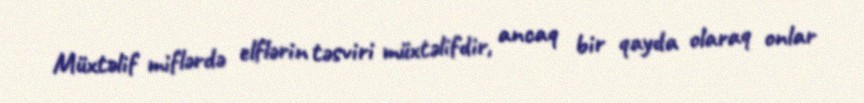
Müxtəlif miflərdə elflərin təsviri müxtəlifdir, ancaq bir qayda olaraq onlar